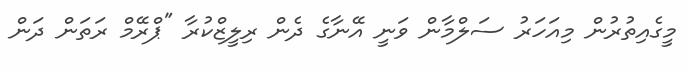
މީގެއިތުރުން މިއަހަރު ސަލްމާން ވަނީ އޭނާގެ ދެން ރިލީޒްކުރާ "ޕްރޭމް ރަތަން ދަން